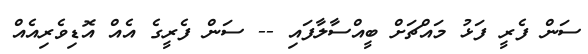
ސަން ފެރީ ފަޅު މައްޗަށް ބީއްސާލާފައި -- ސަން ފެރީގެ އެއް އޮޑިވެރިއެއް